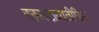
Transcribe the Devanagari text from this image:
रक्तगटाव्यतीरिक्त